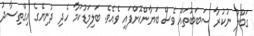
ގަބޫލު ނުކުރާ ސަބަބުތައް ވެސް ބަޔާންކޮށްފައި ވެއެވެ. ބަލިމަޑުކަމާ ހެދި ދުނިޔޭގެ އިގްތިސާދު